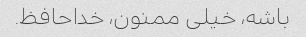
باشه، خیلی ممنون، خداحافظ.